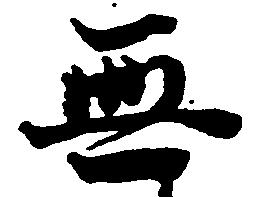
無